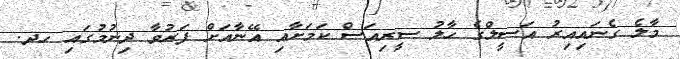
މާލެ ގެނައިއިރު އަސީލްގެ ހާލު ސީރިއަސް ކަމަށާއި އޭނާއަށް ފަރުވާ ދިނުމުގައި ހދ.